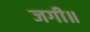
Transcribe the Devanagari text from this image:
जगी॥